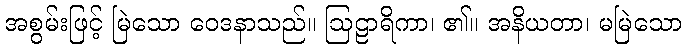
အစွမ်းဖြင့် မြဲသော ဝေဒနာသည်။ ဩဠာရိကာ၊ ၏။ အနိယတာ၊ မမြဲသော